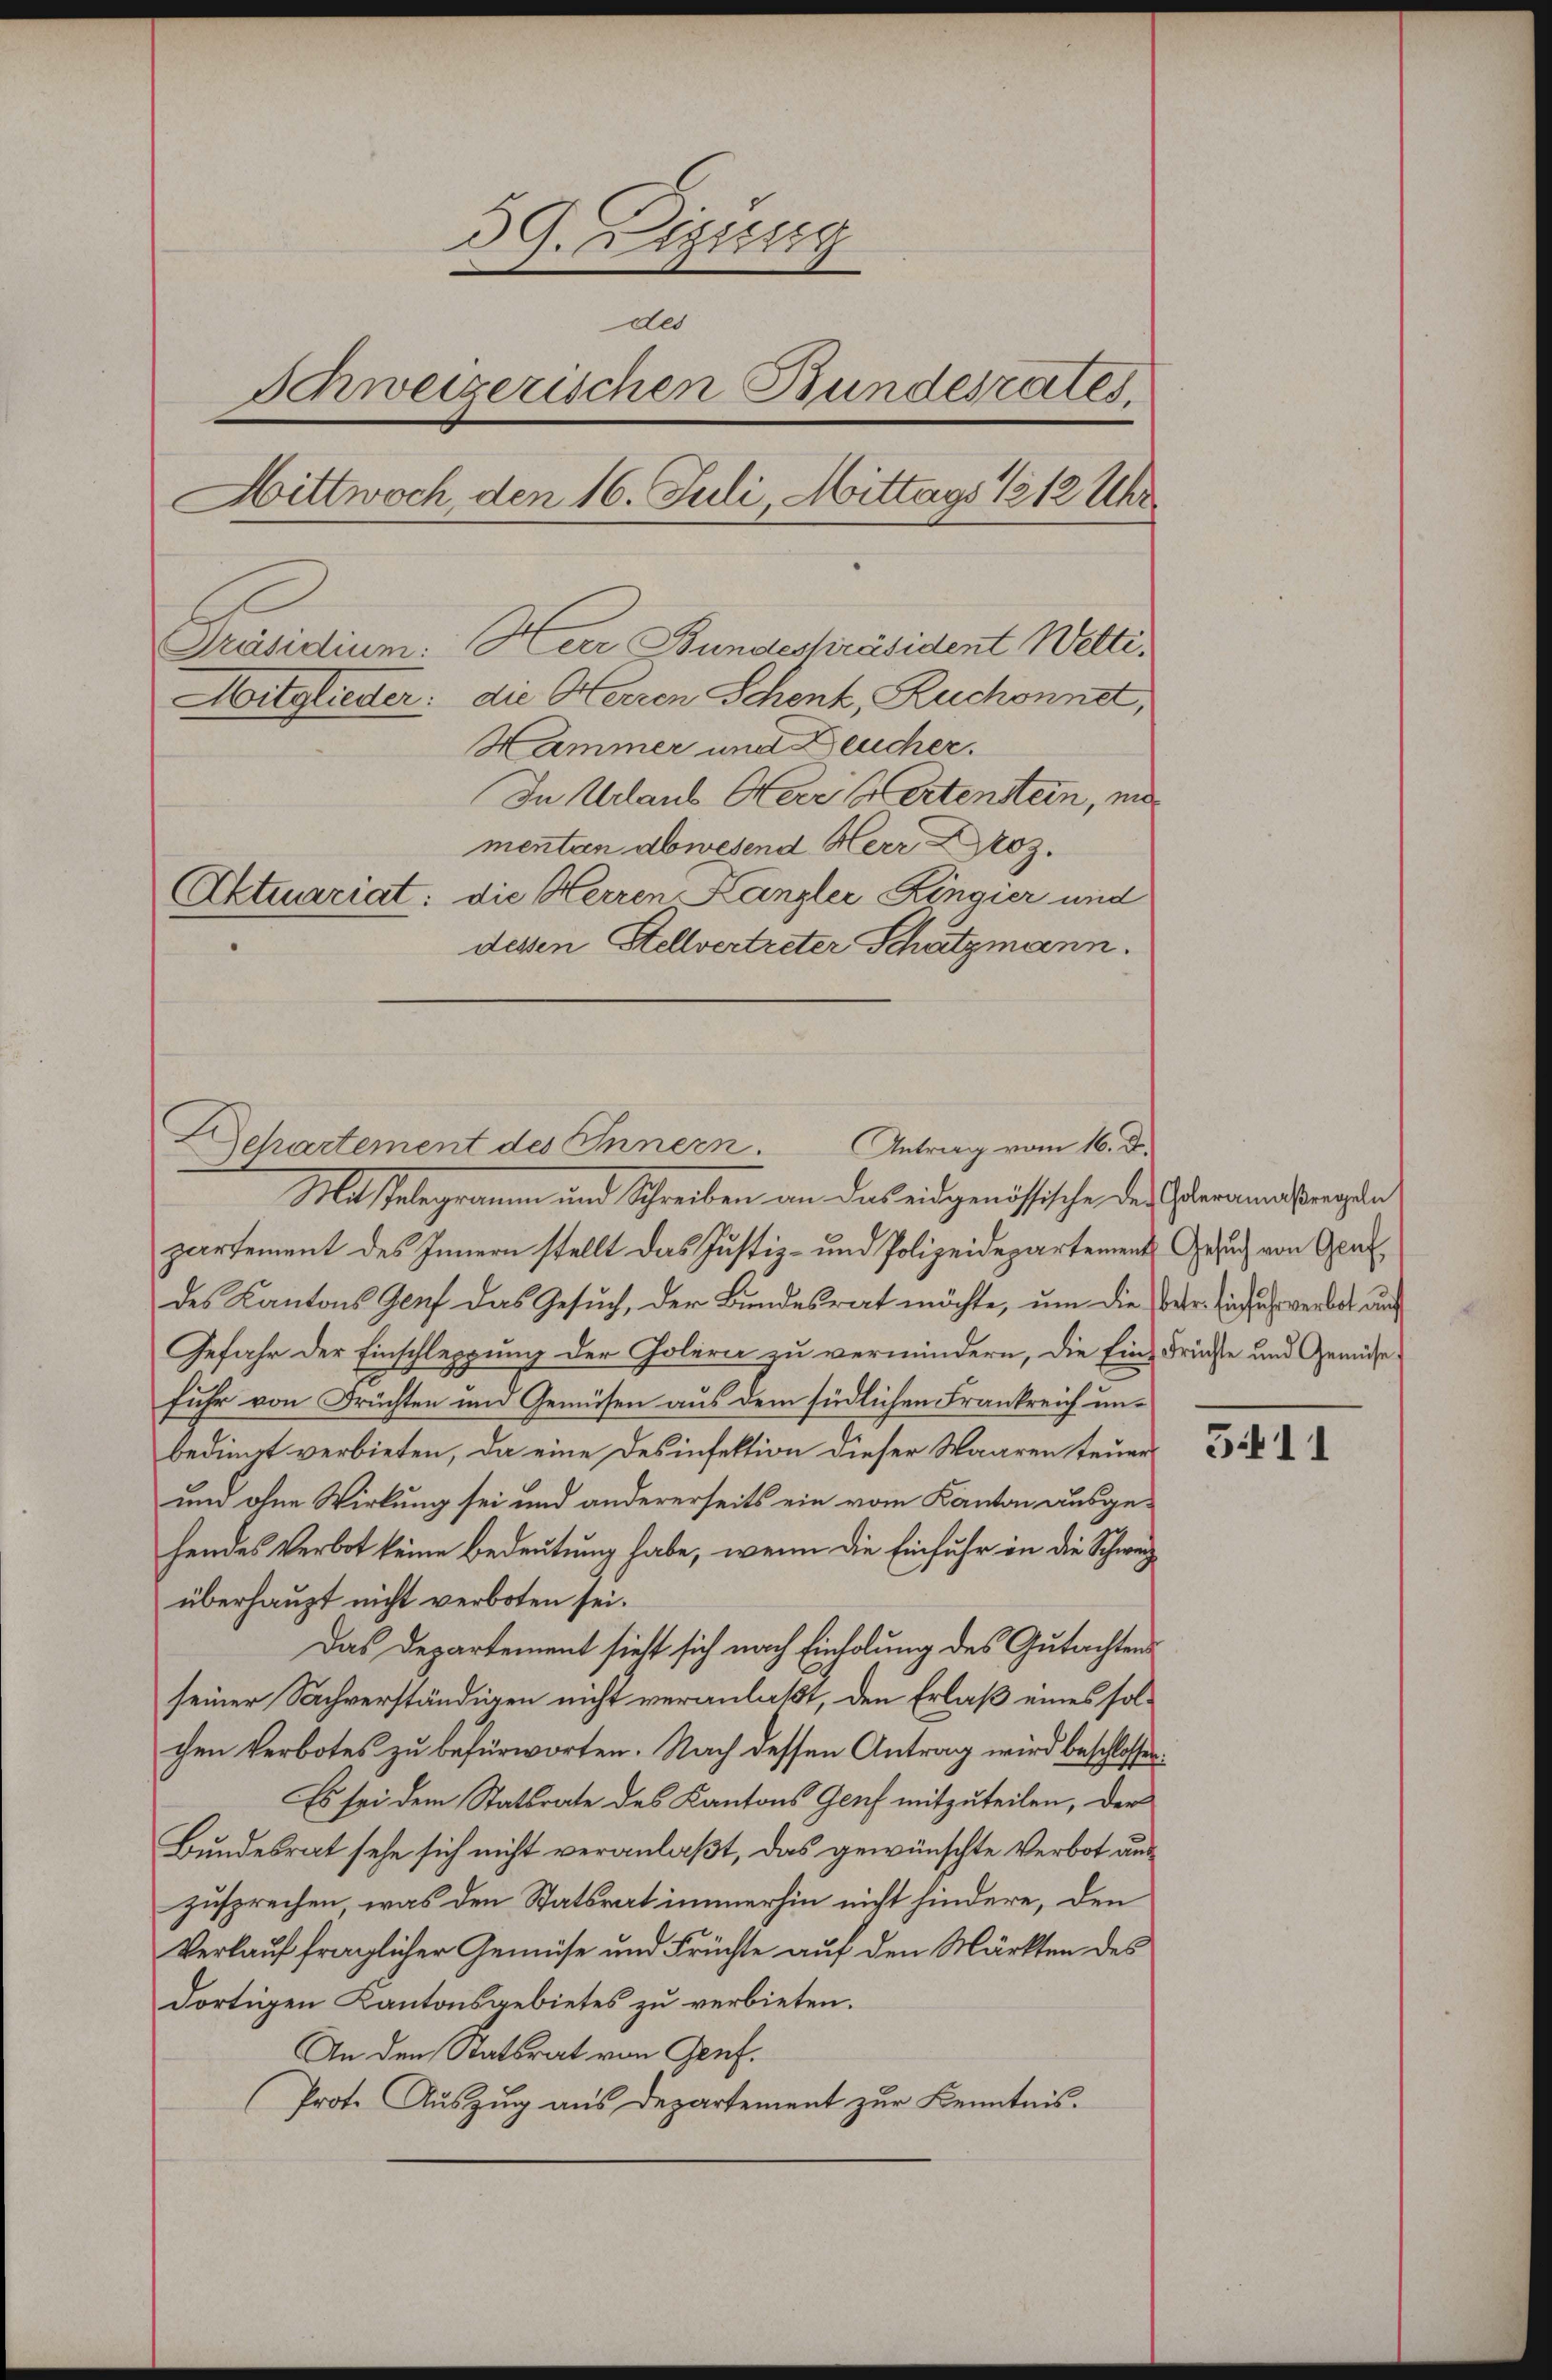
39. Zizung
des
Schweizerischen Bundesrates,
Hittwoch, den 16. Juli, Mittags 1812 Uhr
Präsidium: Herr Bundespräsident Welti.
Mitglieder: die Herren Schenk, Ruchonnet,
Hammer und Deucher.
In Urlaub Herr Viertenstein, mi
menten abwesend Herr Droz.
Aktuariat: die Herren Kanzler Ringier und
dessen Stellvertreter Schatzmann.

Mit stelegramm und Schreiben an das eidgenössische des Oberamtsregeln
partement des Innern stellt das Justiz- und Polizeidepartement
des Kantons Genf das Gesuch, der Bundesrat möchte, um die Ver- Einfuhrwerbes und
Gefahr der Einschleppung der Golern zu vermindern, die Ein Früchte und Gemüsefuhr von Früchten und Gemüsen aus dem südlichen Frankreich unbedingt verbieten, da eine Desinfektion dieser Waaren teuers
und ohne Wirkung sei und andererseits ein vom Kanton ausgehendes Verbot keine Bedeutung habe, wenn die Einfuhr in die Schweiz
überhaupt nicht verboten sei.
Das Departement sieht sich nach Einholung des Gutachtens
seiner Sachverständigen nicht veranlaßt, den Erlaß eines solchen Verbotes zu befürworten. Nach dessen Antrag wird beschlossen:
Es sei dem Stattrate des Kantons Genf mitzuteilen, der
Bundesrat sehe sich nicht veranlaßt, das gewünschte Verbot aus
zusprechen, was den Statsrat immerhin nicht hindere, den
Verlauf fraglicher Gemüse und Früchte auf den Märkten des
dortigen Kantonsgebietes zu verbieten.
An den Statsrat von Genf.
Prote Auszug aus Departement zur Kenntnis¬

Antrag vom 16. d.
Dchartement des Innern.

Gesuch von Genf,

5411